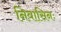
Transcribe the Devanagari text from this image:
निवासिनः